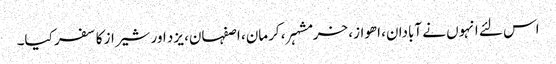
اس لئے انہوں نے آبادان، اھواز، خرمشہر، کرمان، اصفہان، یزد اور شیراز کا سفر کیا۔